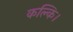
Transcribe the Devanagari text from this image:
कल्कि।